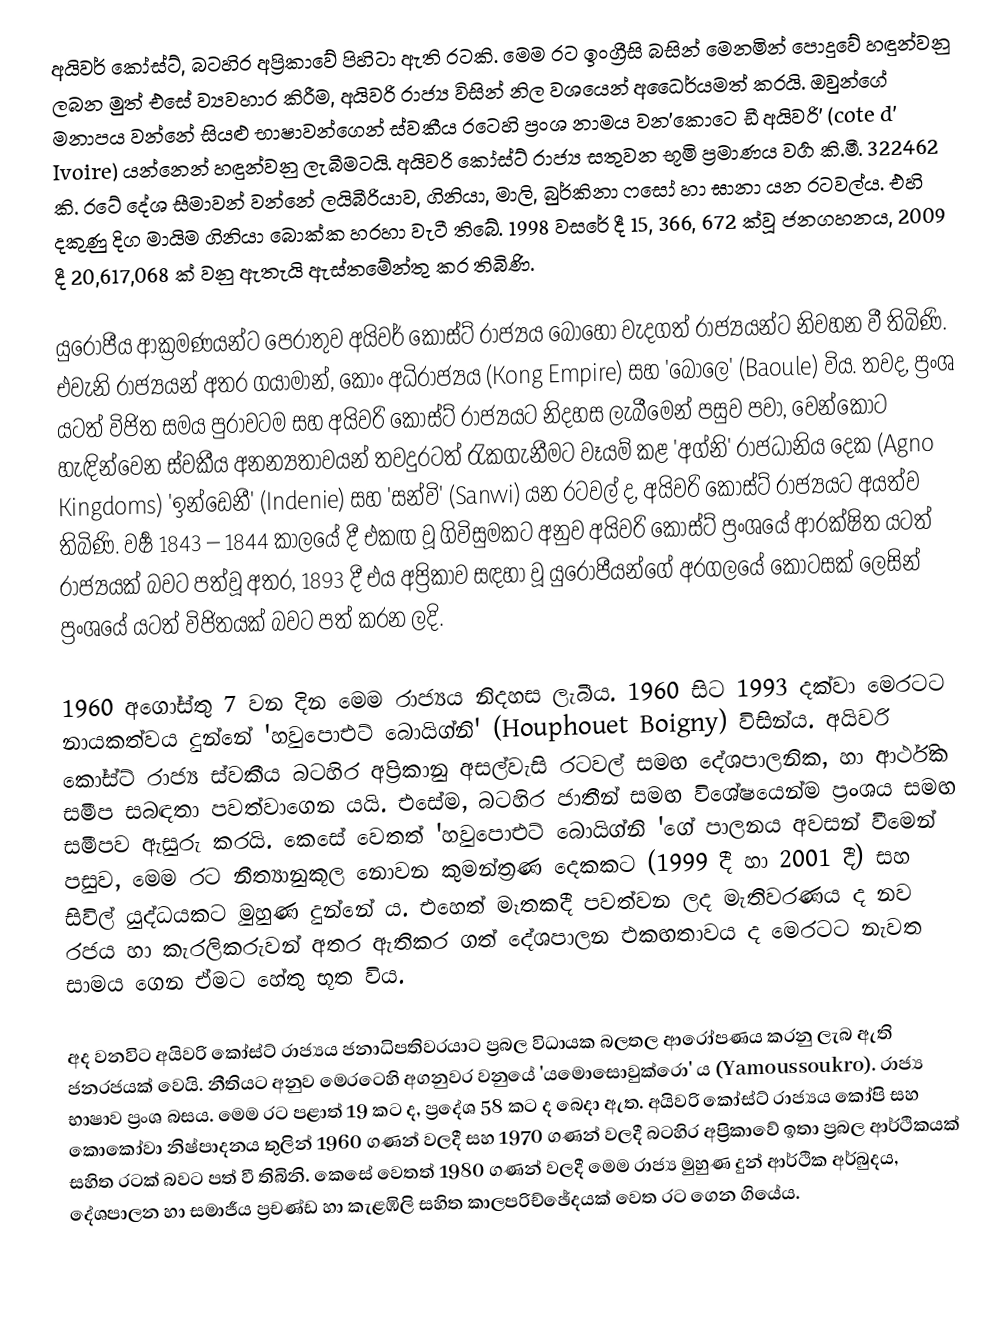
අයිවර් කෝස්ට්, බටහිර අප්‍රිකාවේ පිහිටා ඇති රටකි. මෙම රට ඉංග්‍රීසි බසින් මෙනමින් පොදුවේ හඳුන්වනු ලබන මුත් එසේ ව්‍යවහාර කිරීම, අයිවරි රාජ්‍ය විසින් නිල වශයෙන් අධෛර්යමත් කරයි. ඔවුන්ගේ මනාපය වන්නේ සියළු භාෂාවන්ගෙන් ස්වකීය රටෙහි ප්‍රංශ නාමය වන'කොටෙ ඩී අයිවරි' (cote d' Ivoire)  යන්නෙන් හඳුන්වනු ලැබීමටයි. අයිවරි කෝස්ට් රාජ්‍ය සතුවන භූමි ප්‍රමාණය වර්‍ග කි.මී. 322462 කි. රටේ දේශ සීමාවන් වන්නේ ලයිබීරියාව, ගිනියා, මාලි, බුර්කිනා ෆසෝ හා ඝානා යන රටවල්ය. එහි දකුණු දිග මායිම ගිනියා බොක්ක හරහා වැටී තිබේ. 1998 වසරේ දී 15, 366, 672 ක්වූ ජනගහනය, 2009 දී 20,617,068 ක් වනු ඇතැයි ඇස්තමේන්තු කර  තිබිණි.

යුරෝපීය ආක්‍රමණයන්ට පෙරාතුව අයිවර් කෝස්ට් රාජ්‍යය බොහෝ වැදගත් රාජ්‍යයන්ට නිවහන වී තිබිණි.  එවැනි රාජ්‍යයන් අතර ගයාමාන්, ‍කොං අධිරාජ්‍යය  (Kong Empire)   සහ ‍'බොලෙ' (Baoule)  විය. තවද, ප්‍රංශ යටත් විජිත සමය පුරාවටම සහ අයිවරි කෝස්ට් රාජ්‍යයට නිදහස ලැබීමෙන් පසුව පවා, වෙන්කොට හැඳින්වෙන  ස්වකීය අනන්‍යතාවයන් තවදුරටත් රැකගැනීමට වෑයම් කළ 'අග්නි' රාජධානිය දෙක  (Agno Kingdoms)  'ඉන්ඩෙනී'  (Indenie)  සහ 'සන්වි'   (Sanwi) යන රටවල් ද, අයිවරි කෝස්ට් රාජ්‍යයට අයත්ව තිබිණි. වර්‍ෂ 1843 – 1844 කාලයේ දී එකඟ වූ ගිවිසුමකට අනුව අයිවරි කෝස්ට් ප්‍රංශයේ ආරක්ෂිත යටත් රාජ්‍යයක් බවට පත්වූ අතර, 1893 දී එය අප්‍රිකාව සඳහා වූ යුරෝපීයන්ගේ අරගලයේ කොටසක් ලෙසින්  ප්‍රංශයේ යටත් විජිතයක් බවට පත් කරන ලදි.

1960 අගෝස්තු 7 වන දින මෙම රාජ්‍යය නිදහස ලැබීය. 1960 සිට 1993 දක්වා මෙරටට නායකත්වය දුන්නේ 'හවුපොඑට් බොයිග්නි' (Houphouet Boigny)  විසින්ය. අයිවරි  කෝස්ට් රාජ්‍ය ස්වකීය බටහිර අප්‍රිකානු අසල්වැසි රටවල් සමඟ දේශපාලනික, හා ආර්ථික සමීප සබඳතා  පවත්වාගෙන යයි. එසේම, බටහිර ජාතීන් සමඟ විශේෂයෙන්ම ප්‍රංශය සමඟ සමීපව ඇසුරු කරයි. කෙසේ වෙතත් 'හවුපොඑට් බොයිග්නි '‍ගේ පාලනය අවසන් වීමෙන් පසුව, මෙම රට නීත්‍යානුකූල නොවන කුමන්ත්‍රණ දෙකකට (1999 දී හා 2001 දී) සහ සිවිල් යුද්ධයකට මුහුණ දුන්නේ ය. එහෙත් මෑතකදී පවත්වන ලද මැතිවරණය ද නව රජය හා කැරලිකරුවන් අතර  ඇතිකර ගත් දේශපාලන එකඟතාවය ද මෙරටට නැවත සාමය ගෙන ඒමට හේතු භූත විය.

අද වනවිට අයිවරි කෝස්ට් රාජ්‍යය ජනාධිපතිවරයාට ප්‍රබල විධායක බලතල ආරෝපණය  කරනු ලැබ ඇති ජනරජයක් වෙයි. නීතියට අනුව මෙරටෙහි අගනුවර වනුයේ 'යමොසොවුක්රො' ය (Yamoussoukro). රාජ්‍ය භාෂාව ප්‍රංශ බසය. මෙම රට පළාත් 19 කට ද, ප්‍රදේශ  58 කට ද බෙදා ඇත. අයිවරි කෝස්ට් රාජ්‍යය කෝපි සහ කොකෝවා නිෂ්පාදනය තුලින් 1960 ගණන් වලදී සහ 1970 ගණන් වලදී බටහිර අප්‍රිකාවේ ඉතා ප්‍රබල ආර්ථිකයක් සහිත රටක් බවට පත් වී තිබිනි. කෙසේ වෙතත් 1980 ගණන් වලදී මෙම රාජ්‍ය මුහුණ දුන් ආර්ථික අර්බුදය, දේශපාලන හා සමාජීය ප්‍රචණ්ඩ හා කැළඹිලි සහිත කාලපරිච්ඡේදයක් වෙත රට ගෙන ගියේය.